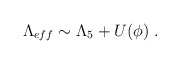
\begin{align*}\Lambda_{eff} \sim \Lambda_{5} + U(\phi)\ .\end{align*}